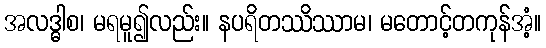
အလဒ္ဓါစ၊ မရမူ၍လည်း။ နပရိတဿိဿာမ၊ မတောင့်တကုန်အံ့။